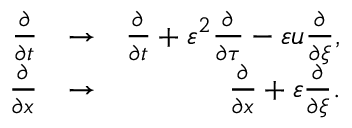
\begin{array} { r l r } { \frac { \partial } { \partial t } } & { \to } & { \frac { \partial } { \partial t } + \varepsilon ^ { 2 } \frac { \partial } { \partial \tau } - \varepsilon u \frac { \partial } { \partial \xi } , } \\ { \frac { \partial } { \partial x } } & { \to } & { \frac { \partial } { \partial x } + \varepsilon \frac { \partial } { \partial \xi } . } \end{array}